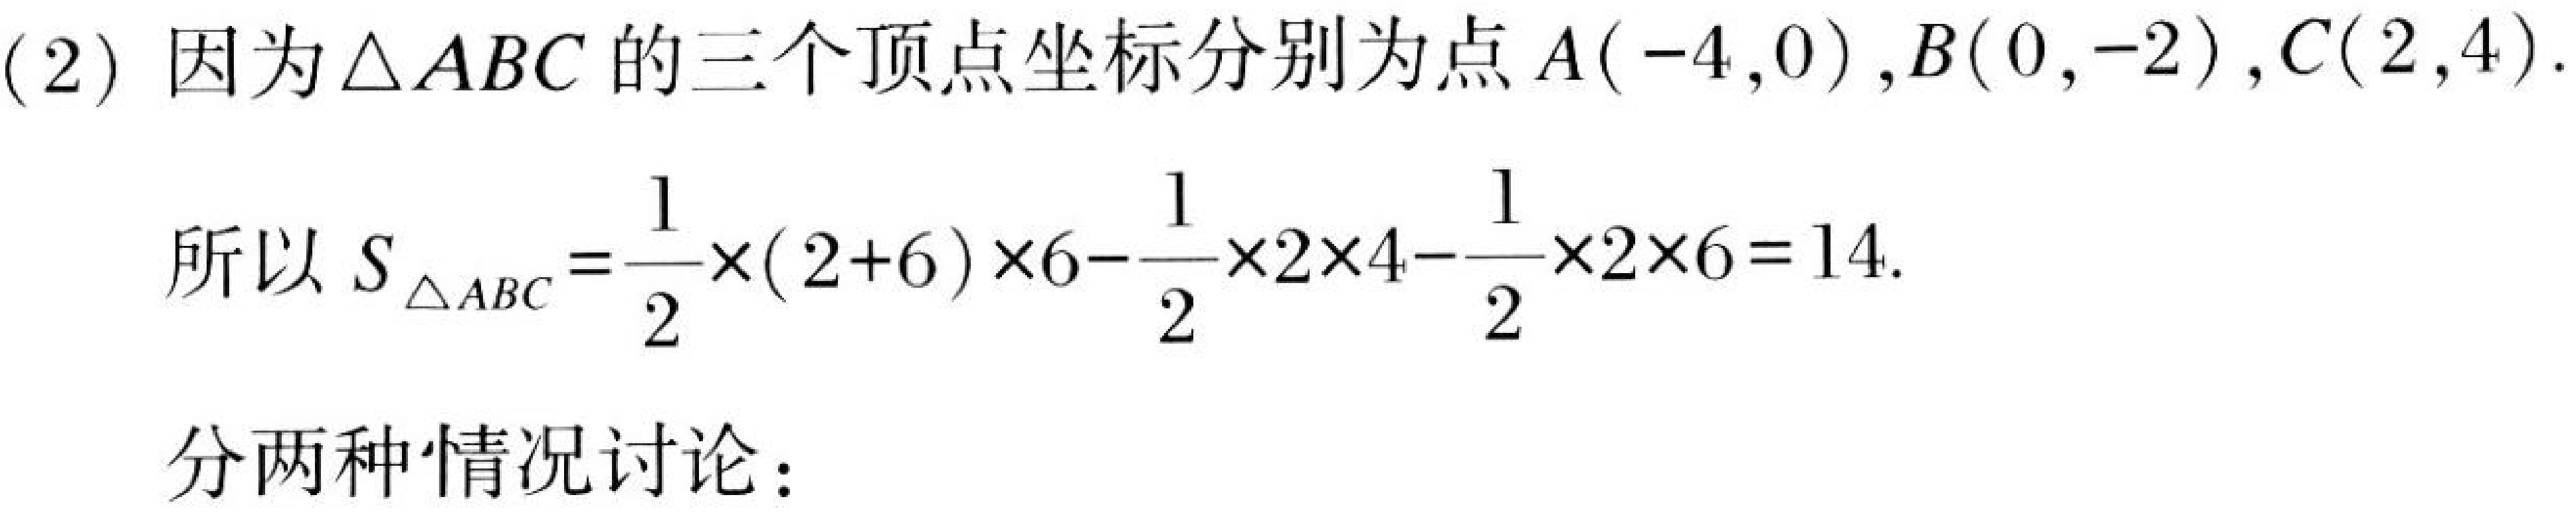
(2) 因为 \(\triangle ABC\) 的三个顶点坐标分别为点 \(A(-4,0)\), \(B(0,-2)\), \(C(2,4)\).

所以 \(S_{\triangle ABC}=\frac{1}{2}\times(2 + 6)\times6-\frac{1}{2}\times2\times4-\frac{1}{2}\times2\times6 = 14\).

分两种情况讨论：